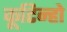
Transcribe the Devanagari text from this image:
कूटिन्हो